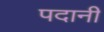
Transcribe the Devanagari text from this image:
पदानी